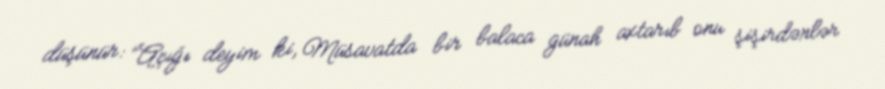
düşünür: “Açığı deyim ki, Müsavatda bir balaca günah axtarıb onu şişirdənlər